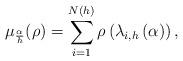
LaTeX: \begin{align*}\mu_{\frac{\alpha}{h}}(\rho) = \sum_{i=1}^{N(h)} \rho\left(\lambda_{i,h}\left( \alpha \right) \right), \end{align*}